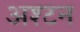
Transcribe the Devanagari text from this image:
अश्टन